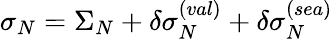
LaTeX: \sigma_{N}=\Sigma_{N}+\delta\sigma_{N}^{(val)}+\delta\sigma_{N}^{(sea)}